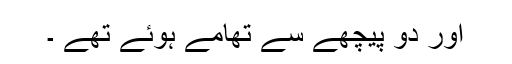
اور دو پیچھے سے تھامے ہوئے تھے ۔